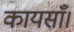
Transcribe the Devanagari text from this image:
कायसाँ।